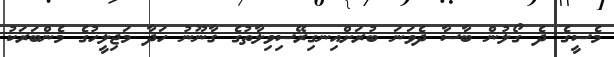
މެސީގެ ދެ ގޯލުން ބާސާ ދެވަނަ ބުރަށްއިނގިރޭސިވިލާތުގެ ޤާނޫނު ހަދާ މަޖިލީހުގެ މެންބަރަކު